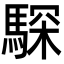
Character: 𩤞